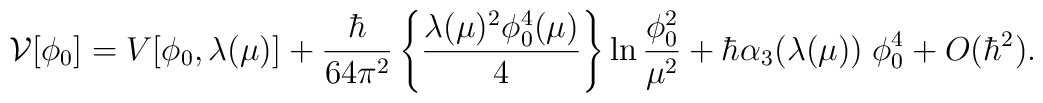
{\cal V}[\phi_0] = V[\phi_0,\lambda(\mu)] + {{\hbar} \over{64 \pi^2} } \left\{ {\lambda(\mu)^2 \phi_0^4(\mu) \over 4}\right\} \ln{\phi_0^2 \over \mu^2} +\hbar  \alpha_3(\lambda(\mu)) \; \phi_0^4 +O(\hbar^2).